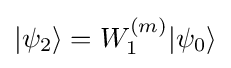
|\psi _{2}\rangle =W_{1}^{(m)}|\psi _{0}\rangle